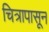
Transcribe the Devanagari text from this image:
चित्रापासून